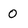
Character: 0